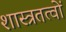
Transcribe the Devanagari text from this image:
शास्त्रतत्वों